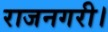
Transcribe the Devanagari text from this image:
राजनगरी।